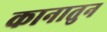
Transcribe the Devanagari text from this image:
कानातुन